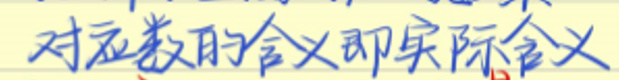
对应数的含义即实际含义